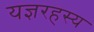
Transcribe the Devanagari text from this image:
यज्ञरहस्य